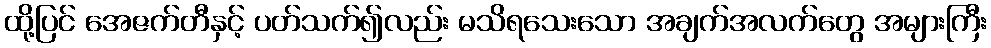
ထို့ပြင် အေဇက်တီနှင့် ပတ်သက်၍လည်း မသိရသေးသော အချက်အလက်တွေ အများကြီး